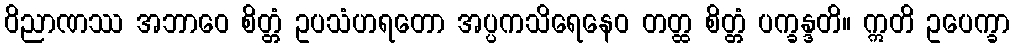
ဝိညာဏဿ အဘာဝေ စိတ္တံ ဥပသံဟရတော အပ္ပကသိရေနေဝ တတ္ထ စိတ္တံ ပက္ခန္ဒတိ။ ဣတိ ဥပေက္ခာ